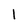
Character: 1